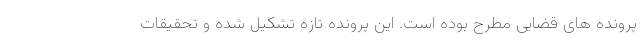
پرونده های قضایی مطرح بوده است. این پرونده تازه تشکیل شده و تحقیقات